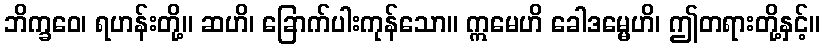
ဘိက္ခဝေ၊ ရဟန်းတို့။ ဆဟိ၊ ခြောက်ပါးကုန်သော။ ဣမေဟိ ခေါဒမ္မေဟိ၊ ဤတရားတို့နှင့်။